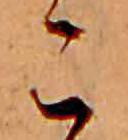
こ